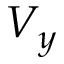
V _ { y }